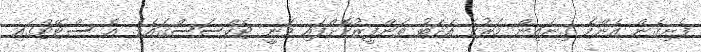
ފެށިގެން އެންމެ ގިނައިން މަރުގެ އަދަބު ތަންފީޒުކޮށްފައި ވަނީ ޓެކްސަސްގައެވެ. އެ ސްޓޭޓްގައި